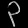
Digit: ၃